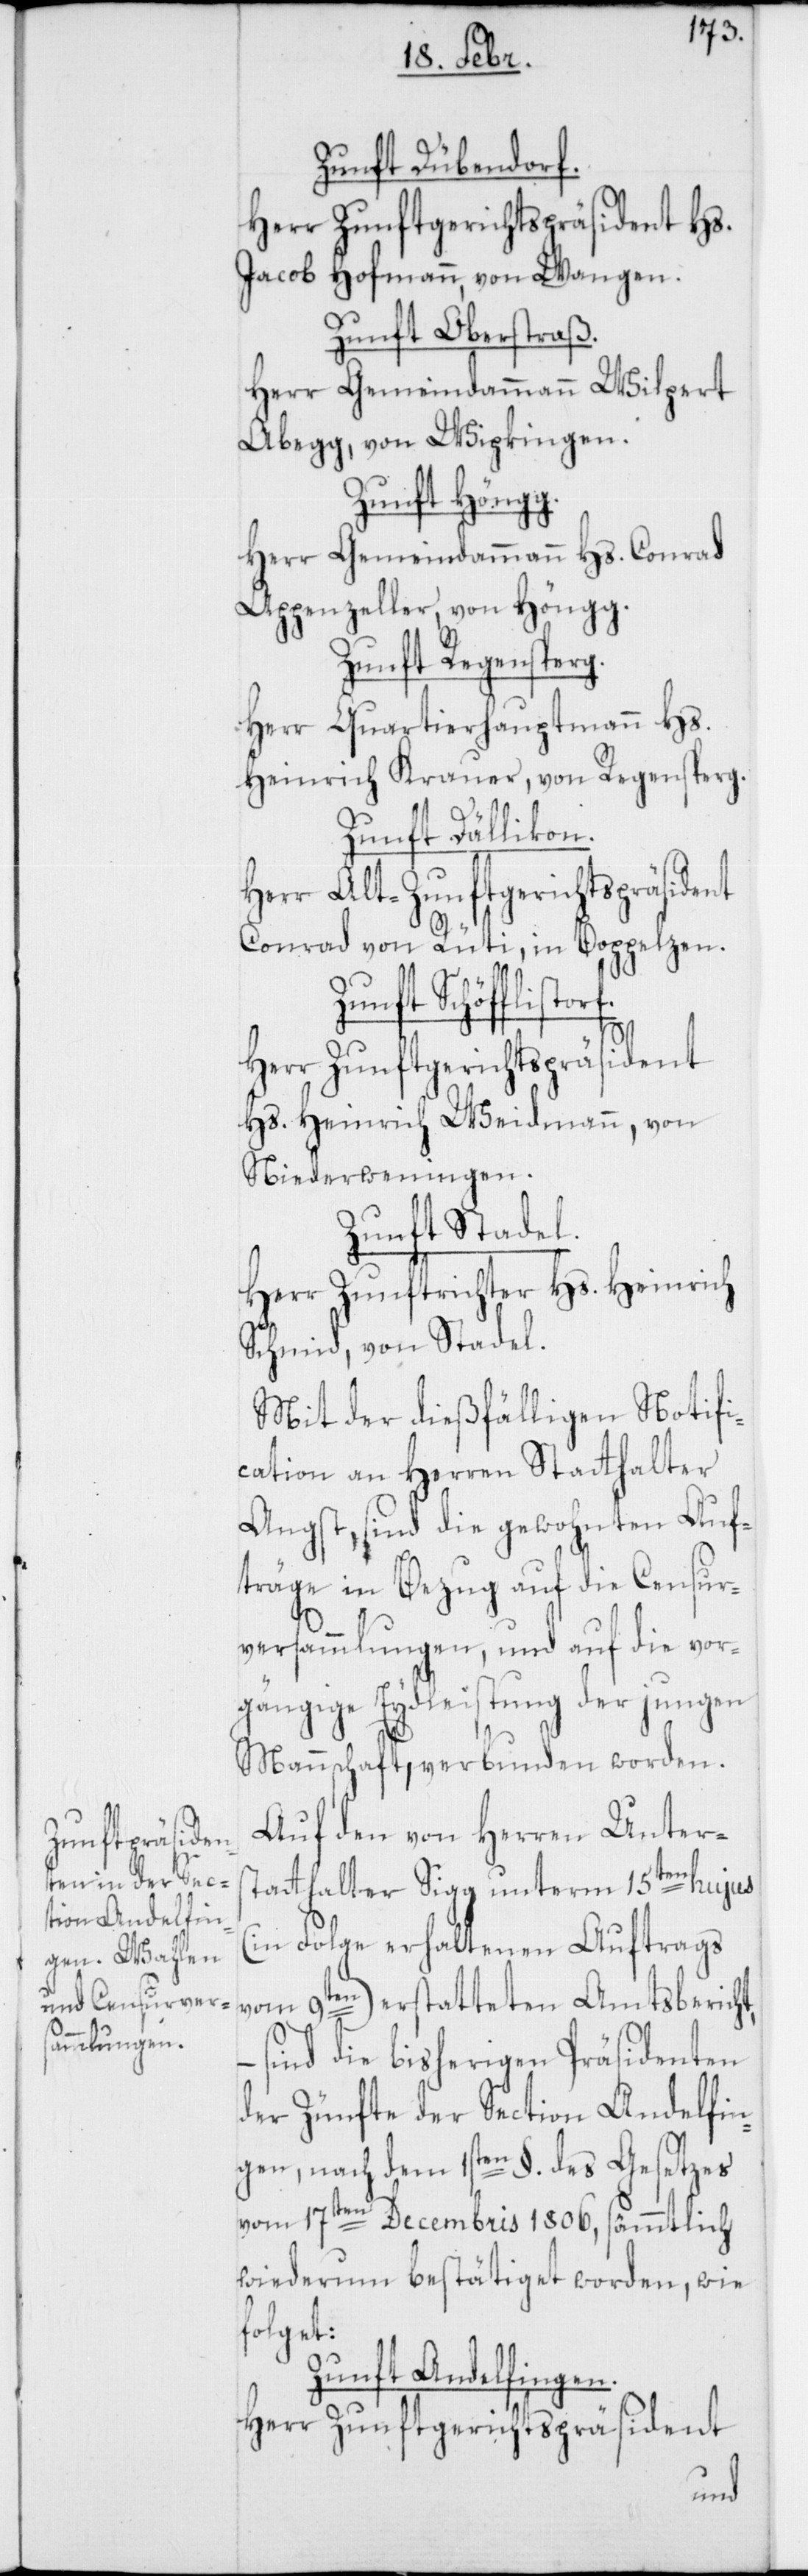
Zunft Dübendorf.
Herr Zunftgerichtspräsident Hs.
Jacob Hofmann von Wangen.
Zunft Oberstraß.
Herr Gemeindammann Wilpert
Abegg von Wipkingen.
Zunft Höngg.
Herr Gemeindammann Hs. Conrad
Appenzeller von Höngg.
Zunft Regensperg.
Herr Quartierhauptmann Hs.
Heinrich Krauer von Regensperg.
torf.
Zunft Dällikon.
Herr Alt-Zunftgerichtspräsident
Conrad von Rüti in Boppelzen.
Zunft Schöfflis¬
Herr Zunftgerichtspräsident
Hs. Heinrich Weidmann von
Niederweningen.
Zunft Stadel.
Herr Zunftrichter Hs. Heinrich
Schmid, von Stadel.
Mit der dießfälligen Notifi¬
cation an Herren Statthalter
Angst, sind die gewohnten Auf¬
träge in Bezug auf die Censur¬
versammlungen, und auf die vor¬
gängige Eydleistung der jungen
Mannschaft, verbunden worden.
Auf den von Herren Unters¬
tatthalter Sigg unterm 15ten hujus
(in Folge erhaltenen Auftrags
en) erstatteten Amtsbericht,
vom 9t¬
– sind die bisherigen Präsidenten
der Zünfte der Section Andelfin¬
gen, nach dem 1sten §. des Gesetzes
vom 17ten Decembris 1806, sämmtlich
wiederum bestätiget worden, wie
folget:
Zunft Andelfingen.
Herr Zunftgerichtspräsident